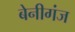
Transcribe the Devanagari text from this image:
बेनीगंज